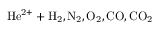
\mathrm { H e ^ { 2 + } + H _ { 2 } , N _ { 2 } , O _ { 2 } , C O , C O _ { 2 } }